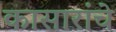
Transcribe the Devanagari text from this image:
कासारांचे